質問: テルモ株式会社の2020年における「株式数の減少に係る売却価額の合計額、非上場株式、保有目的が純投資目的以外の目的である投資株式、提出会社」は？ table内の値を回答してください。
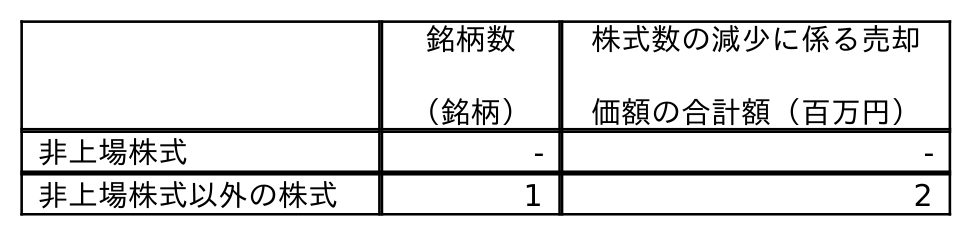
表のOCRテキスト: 銘柄数 （銘柄） 株式数の減少に係る売却 価額の合計額（百万円） 非上場株式 - - 非上場株式以外の株式 1 2
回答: -